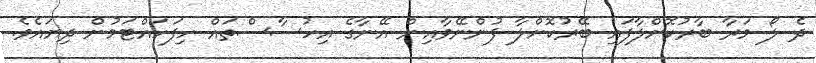
ދެ ލޯ މަރާ ބާރުކޮށްލާފައި ބޭރުކޮށްލާ ފުންނޭވާއިން އޭނާގެ އިހުސާސްތައް ހިފަހައްޓަމުން ދިޔައެވެ.